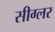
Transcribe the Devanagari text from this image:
सीग्लर